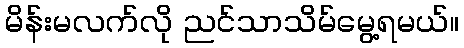
မိန်းမလက်လို ညင်သာသိမ်မွေ့ရမယ်။